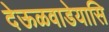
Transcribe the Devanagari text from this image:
देऊळवाडेयासि